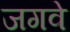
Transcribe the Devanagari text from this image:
जगवे